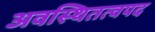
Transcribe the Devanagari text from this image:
अवस्थितत्वपद